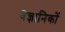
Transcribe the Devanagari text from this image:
वैज्ञानिकाें